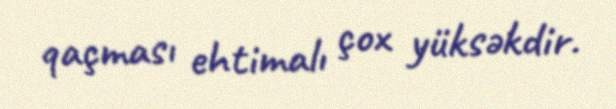
qaçması ehtimalı çox yüksəkdir.